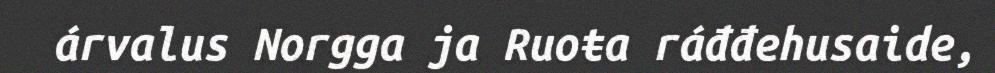
árvalus Norgga ja Ruoŧa ráđđehusaide,